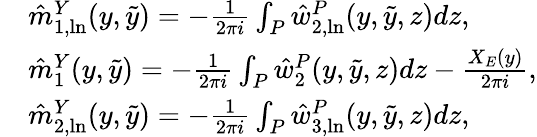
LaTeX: \begin{array}{rl}&{\hat{m}_{1,\ln}^{Y}(y,\tilde{y})=-\frac{1}{2\pi i}\int_{P}\hat{w}_{2,\ln}^{P}(y,\tilde{y},z)dz,}\\ &{\hat{m}_{1}^{Y}(y,\tilde{y})=-\frac{1}{2\pi i}\int_{P}\hat{w}_{2}^{P}(y,\tilde{y},z)dz-\frac{X_{E}(y)}{2\pi i},}\\ &{\hat{m}_{2,\ln}^{Y}(y,\tilde{y})=-\frac{1}{2\pi i}\int_{P}\hat{w}_{3,\ln}^{P}(y,\tilde{y},z)dz,}\end{array}